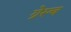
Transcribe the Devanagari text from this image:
ग्रेस्च